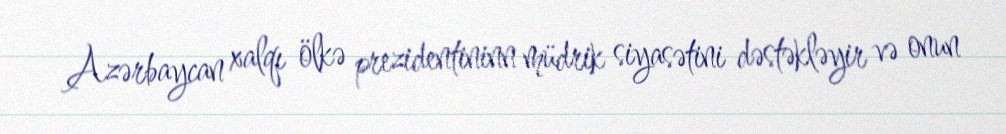
Azərbaycan xalqı ölkə prezidentininn müdrik siyasətini dəstəkləyir və onun